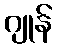
ဂျုန်